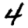
Digit: 4